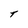
Character: T